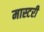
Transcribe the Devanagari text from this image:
मास्‍टरी